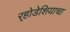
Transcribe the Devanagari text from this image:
र्‍होडेशियाचा